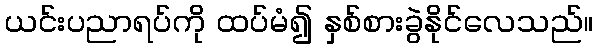
ယင်းပညာရပ်ကို ထပ်မံ၍ နှစ်စားခွဲနိုင်လေသည်။